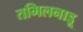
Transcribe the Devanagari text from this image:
तमिलनाड़ू